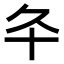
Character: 𠥾